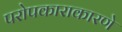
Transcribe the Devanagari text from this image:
परोपकाराकारणे